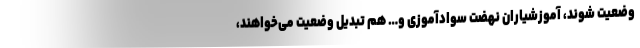
وضعیت شوند، آموزشیاران نهضت سوادآموزی و… هم تبدیل وضعیت می‌خواهند،